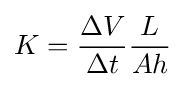
K={\frac {\Delta V}{\Delta t}}{\frac {L}{Ah}}